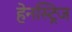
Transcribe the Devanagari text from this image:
हेनस्ट्रिज